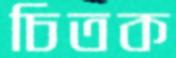
চিতক